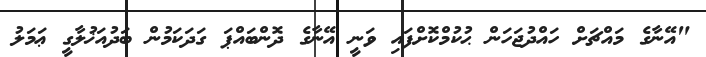
"އޭނާގެ މައްޗަށް ހައްދުޖަހަން ޙުކުމްކޮށްފައި ވަނީ އޭނާގެ ދޮންބައްޕަ ގަދަކަމުން ބަދުއަޚުލާގީ ޢަމަލު